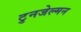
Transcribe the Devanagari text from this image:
टुनजेल्मन